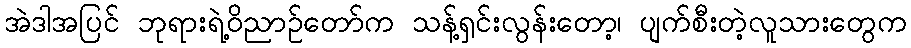
အဲဒါအပြင် ဘုရားရဲ့ဝိညာဉ်တော်က သန့်ရှင်းလွန်းတော့၊ ပျက်စီးတဲ့လူသားတွေက